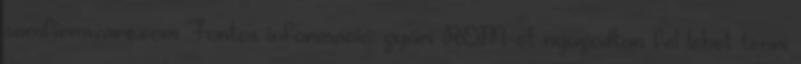
samfirmware.com Fontos információ: gyári ROM-ot nyugodtan fel lehet tenni